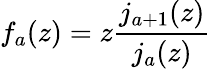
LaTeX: f_{a}(z)=z\frac{j_{a+1}(z)}{j_{a}(z)}